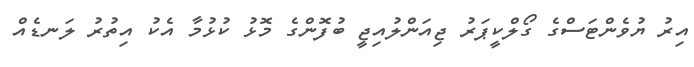
އިރު ޔުވެންޓަސްގެ ގޯލްކީޕަރު ޖިއަންލުއިޖީ ބުފޮންގެ މޮޅު ކުޅުމާ އެކު އިތުރު ލަނޑެއް